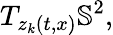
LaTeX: T_{z_{k}(t,x)}\mathbb{S}^{2},